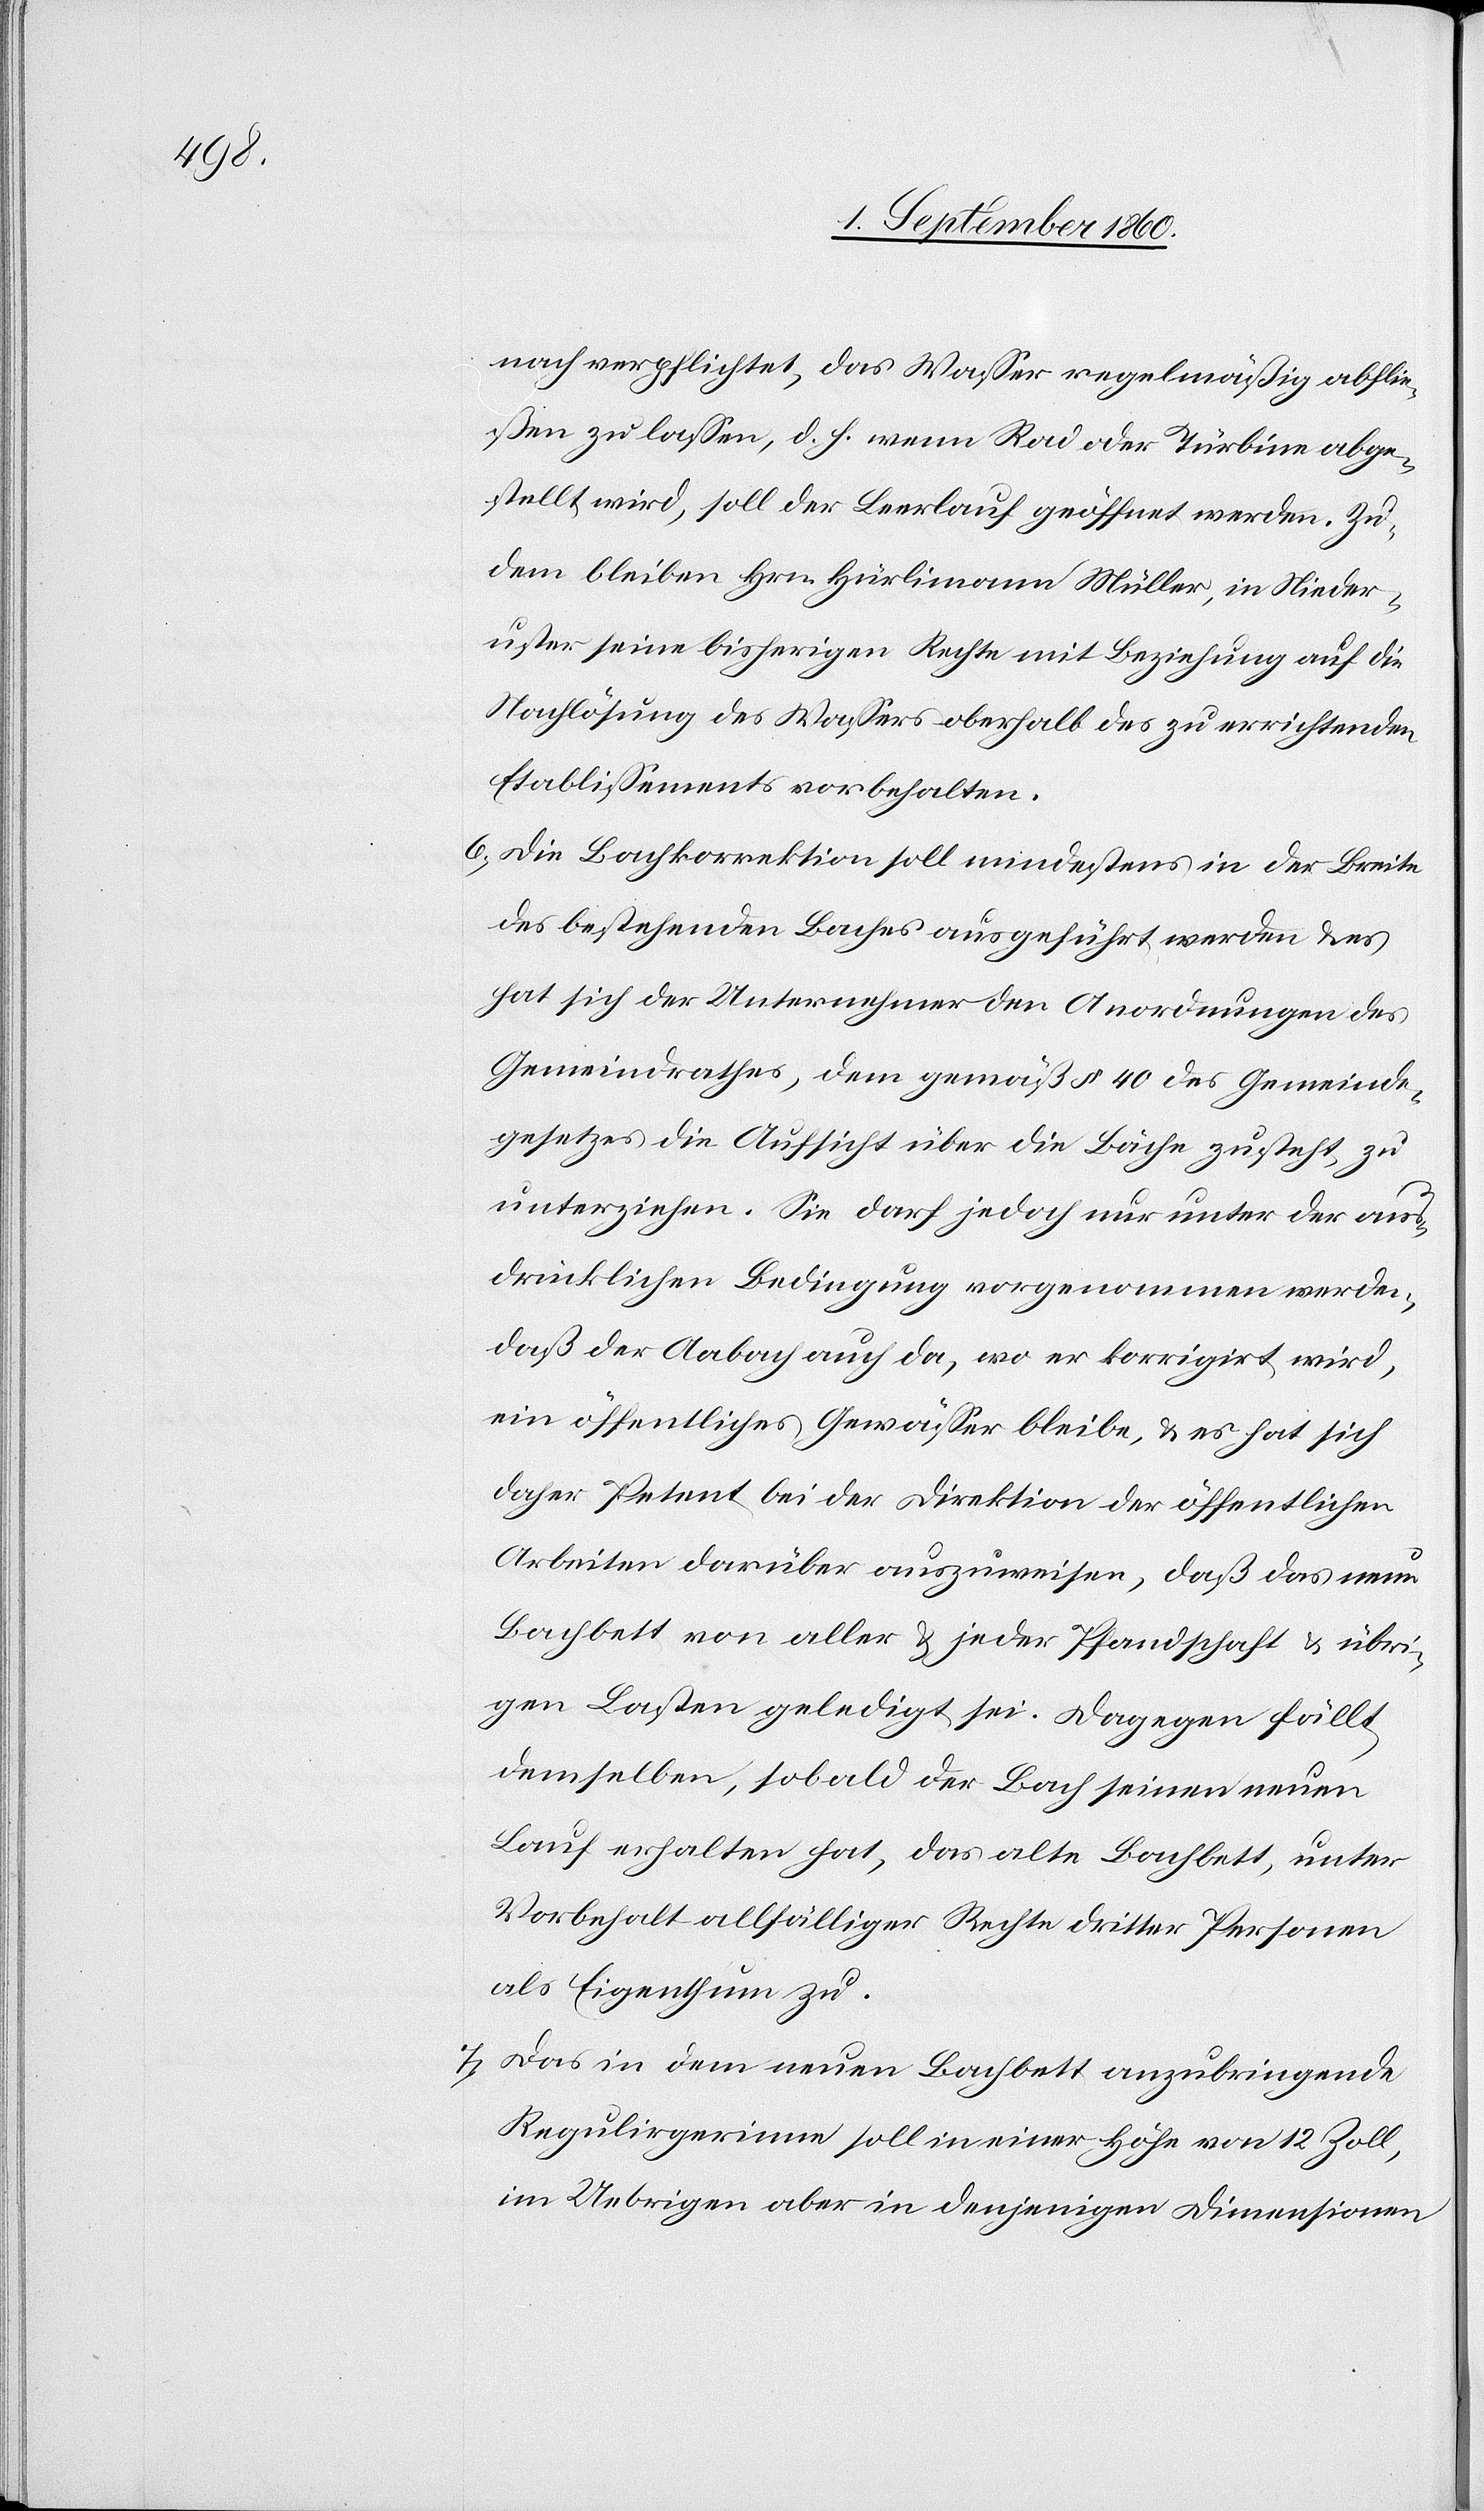
nach verpflichtet, das Wasser regelmässig abflie¬
ssen zu lassen, d. h. wenn Rad oder Turbine abge¬
stellt wird, soll der Leerlauf geöffnet werden. Zu¬
dem bleiben Hrn. Hürlimann, Müller, in Nieder¬
uster seine bisherigen Rechte mit Beziehung auf die
Nachlösung des Wassers oberhalb des zu errichtenden
Etablissements vorbehalten.
6) Die Bachkorrektion soll mindestens in der Breite
des bestehenden Baches ausgeführt werden u. es
hat sich der Unternehmer den Anordnungen des
Gemeindrathe, dem, gemäss §. 40 des Gemeinde¬
gesetzes, die Aufsicht über die Bäche zusteht, zu
unterziehen. Sie darf jedoch nur unter der aus¬
drücklichen Bedingung vorgenommen werden,
dass der Aabach auch da, wo er korrigirt wird,
ein öffentliches Gewässer bleibe u. es hat sich
daher Petent bei der Direktion der öffentlichen
Arbeiten darüber auszuweisen, dass das neue
Bachbett von aller u. jeder Pfandschaft u. übri¬
gen Lasten geledigt sei. Dagegen fällt
demselben, sobald der Bach seinen neuen
Lauf erhalten hat, das alte Bachbett, unter
Vorbehalt allfälliger Rechte 3tr Personen,
als Eigenthum zu.
7) Das in dem neuen Bachbett anzubringende
Regulirgerinne soll in einer Höhe von 12 Zoll,
im Uebrigen aber in denjenigen Dimensionen